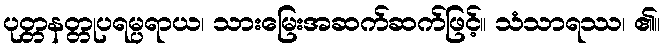
ပုတ္တနတ္တုပရမ္ပရာယ၊ သားမြေးအဆက်ဆက်ဖြင့်။ သံသာရဿ၊ ၏။